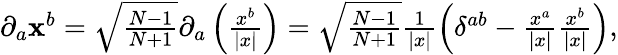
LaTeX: \begin{array}{r}{\partial_{a}\mathbf{x}^{b}=\sqrt{\frac{N-1}{N+1}}\partial_{a}\left(\frac{x^{b}}{\vert x\vert}\right)=\sqrt{\frac{N-1}{N+1}}\frac{1}{\vert x\vert}\left(\delta^{ab}-\frac{x^{a}}{\vert x\vert}\frac{x^{b}}{\vert x\vert}\right),}\end{array}